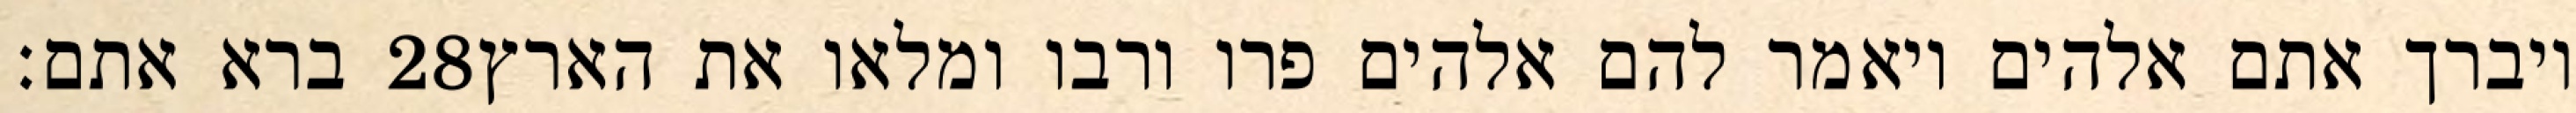
ברא אתם׃ ‎28‏ ויברך אתם אלהים ויאמר להם אלהים פרו ורבו ומלאו את הארץ